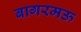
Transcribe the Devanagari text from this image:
बागरमऊ